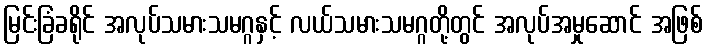
မြင်းခြံခရိုင် အလုပ်သမားသမဂ္ဂနှင့် လယ်သမားသမဂ္ဂတို့တွင် အလုပ်အမှုဆောင် အဖြစ်